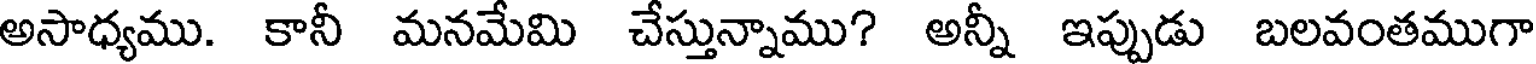
అసాధ్యము. కానీ మనమేమి చేస్తున్నాము? అన్నీ ఇప్పుడు బలవంతముగా